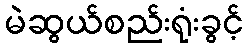
မဲဆွယ်စည်းရုံးခွင့်